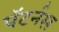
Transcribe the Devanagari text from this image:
पॅटर्नस